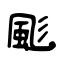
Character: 颩